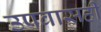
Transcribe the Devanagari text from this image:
उपवासही